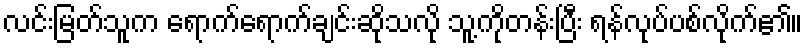
လင်းမြတ်သူက ရောက်ရောက်ချင်းဆိုသလို သူ့ကိုတန်းပြီး ရန်လုပ်ပစ်လိုက်၏။